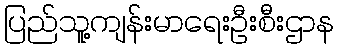
ပြည်သူ့ကျန်းမာရေးဦးစီးဌာန